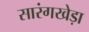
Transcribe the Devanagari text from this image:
सारंगखेड़ा